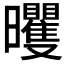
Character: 𣌗